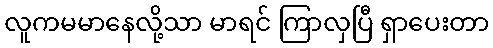
လူကမမာနေလို့သာ မာရင် ကြာလှပြီ ရှာပေးတာ